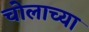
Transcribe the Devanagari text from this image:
चोलाच्या